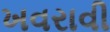
ખવરાવી